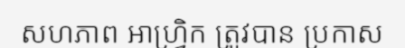
សហភាព អាហ្វ្រិក ត្រូវបាន ប្រកាស